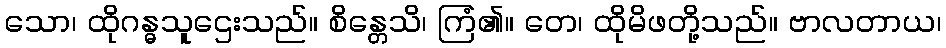
သော၊ ထိုဂန္ဓသူဌေးသည်။ စိန္တေသိ၊ ကြံ၏။ တေ၊ ထိုမိဖတို့သည်။ ဗာလတာယ၊